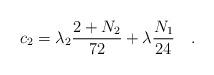
LaTeX: \begin{align*}c_2 = \lambda_2 \frac{2+N_2}{72} + \lambda \frac{N_1}{24}~~~.\end{align*}